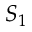
S _ { 1 }